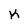
Character: K